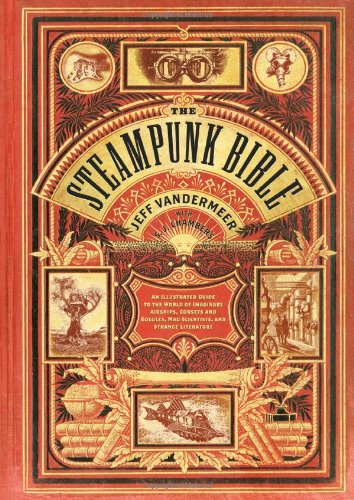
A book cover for The Steampunk Bible: An Illustrated Guide to the World of Imaginary Airships, Corsets and Goggles, Mad Scientists, and Strange Literature; Jeff VanderMeer; Science Fiction & Fantasy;